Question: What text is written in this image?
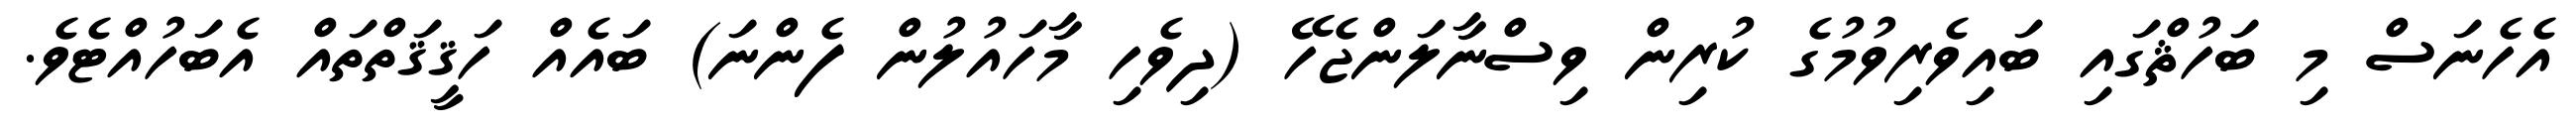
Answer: އެހެނަސް މި ބަހުޘްގައި ބައިވެރިވުމުގެ ކުރިން ވިސްނާލަންޖެހޭ (ދިވެހި މާހައުލުން ފެންނަ) ބައެއް ހަޤީޤަތްތައް އެބަހުއްޓެވެ.